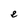
Character: e